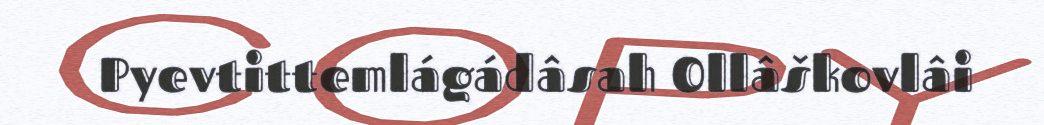
Pyevtittemlágádâsah Ollâškovlâi